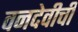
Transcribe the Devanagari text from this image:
वनदेवीची